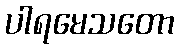
ပါရမေသတော